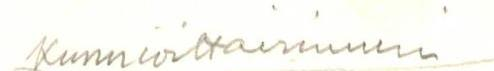
 Kunnioittavimmin